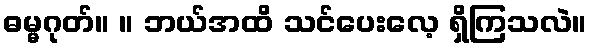
ဓမ္မဂုတ်။ ။ ဘယ်အထိ သင်ပေးလေ့ ရှိကြသလဲ။